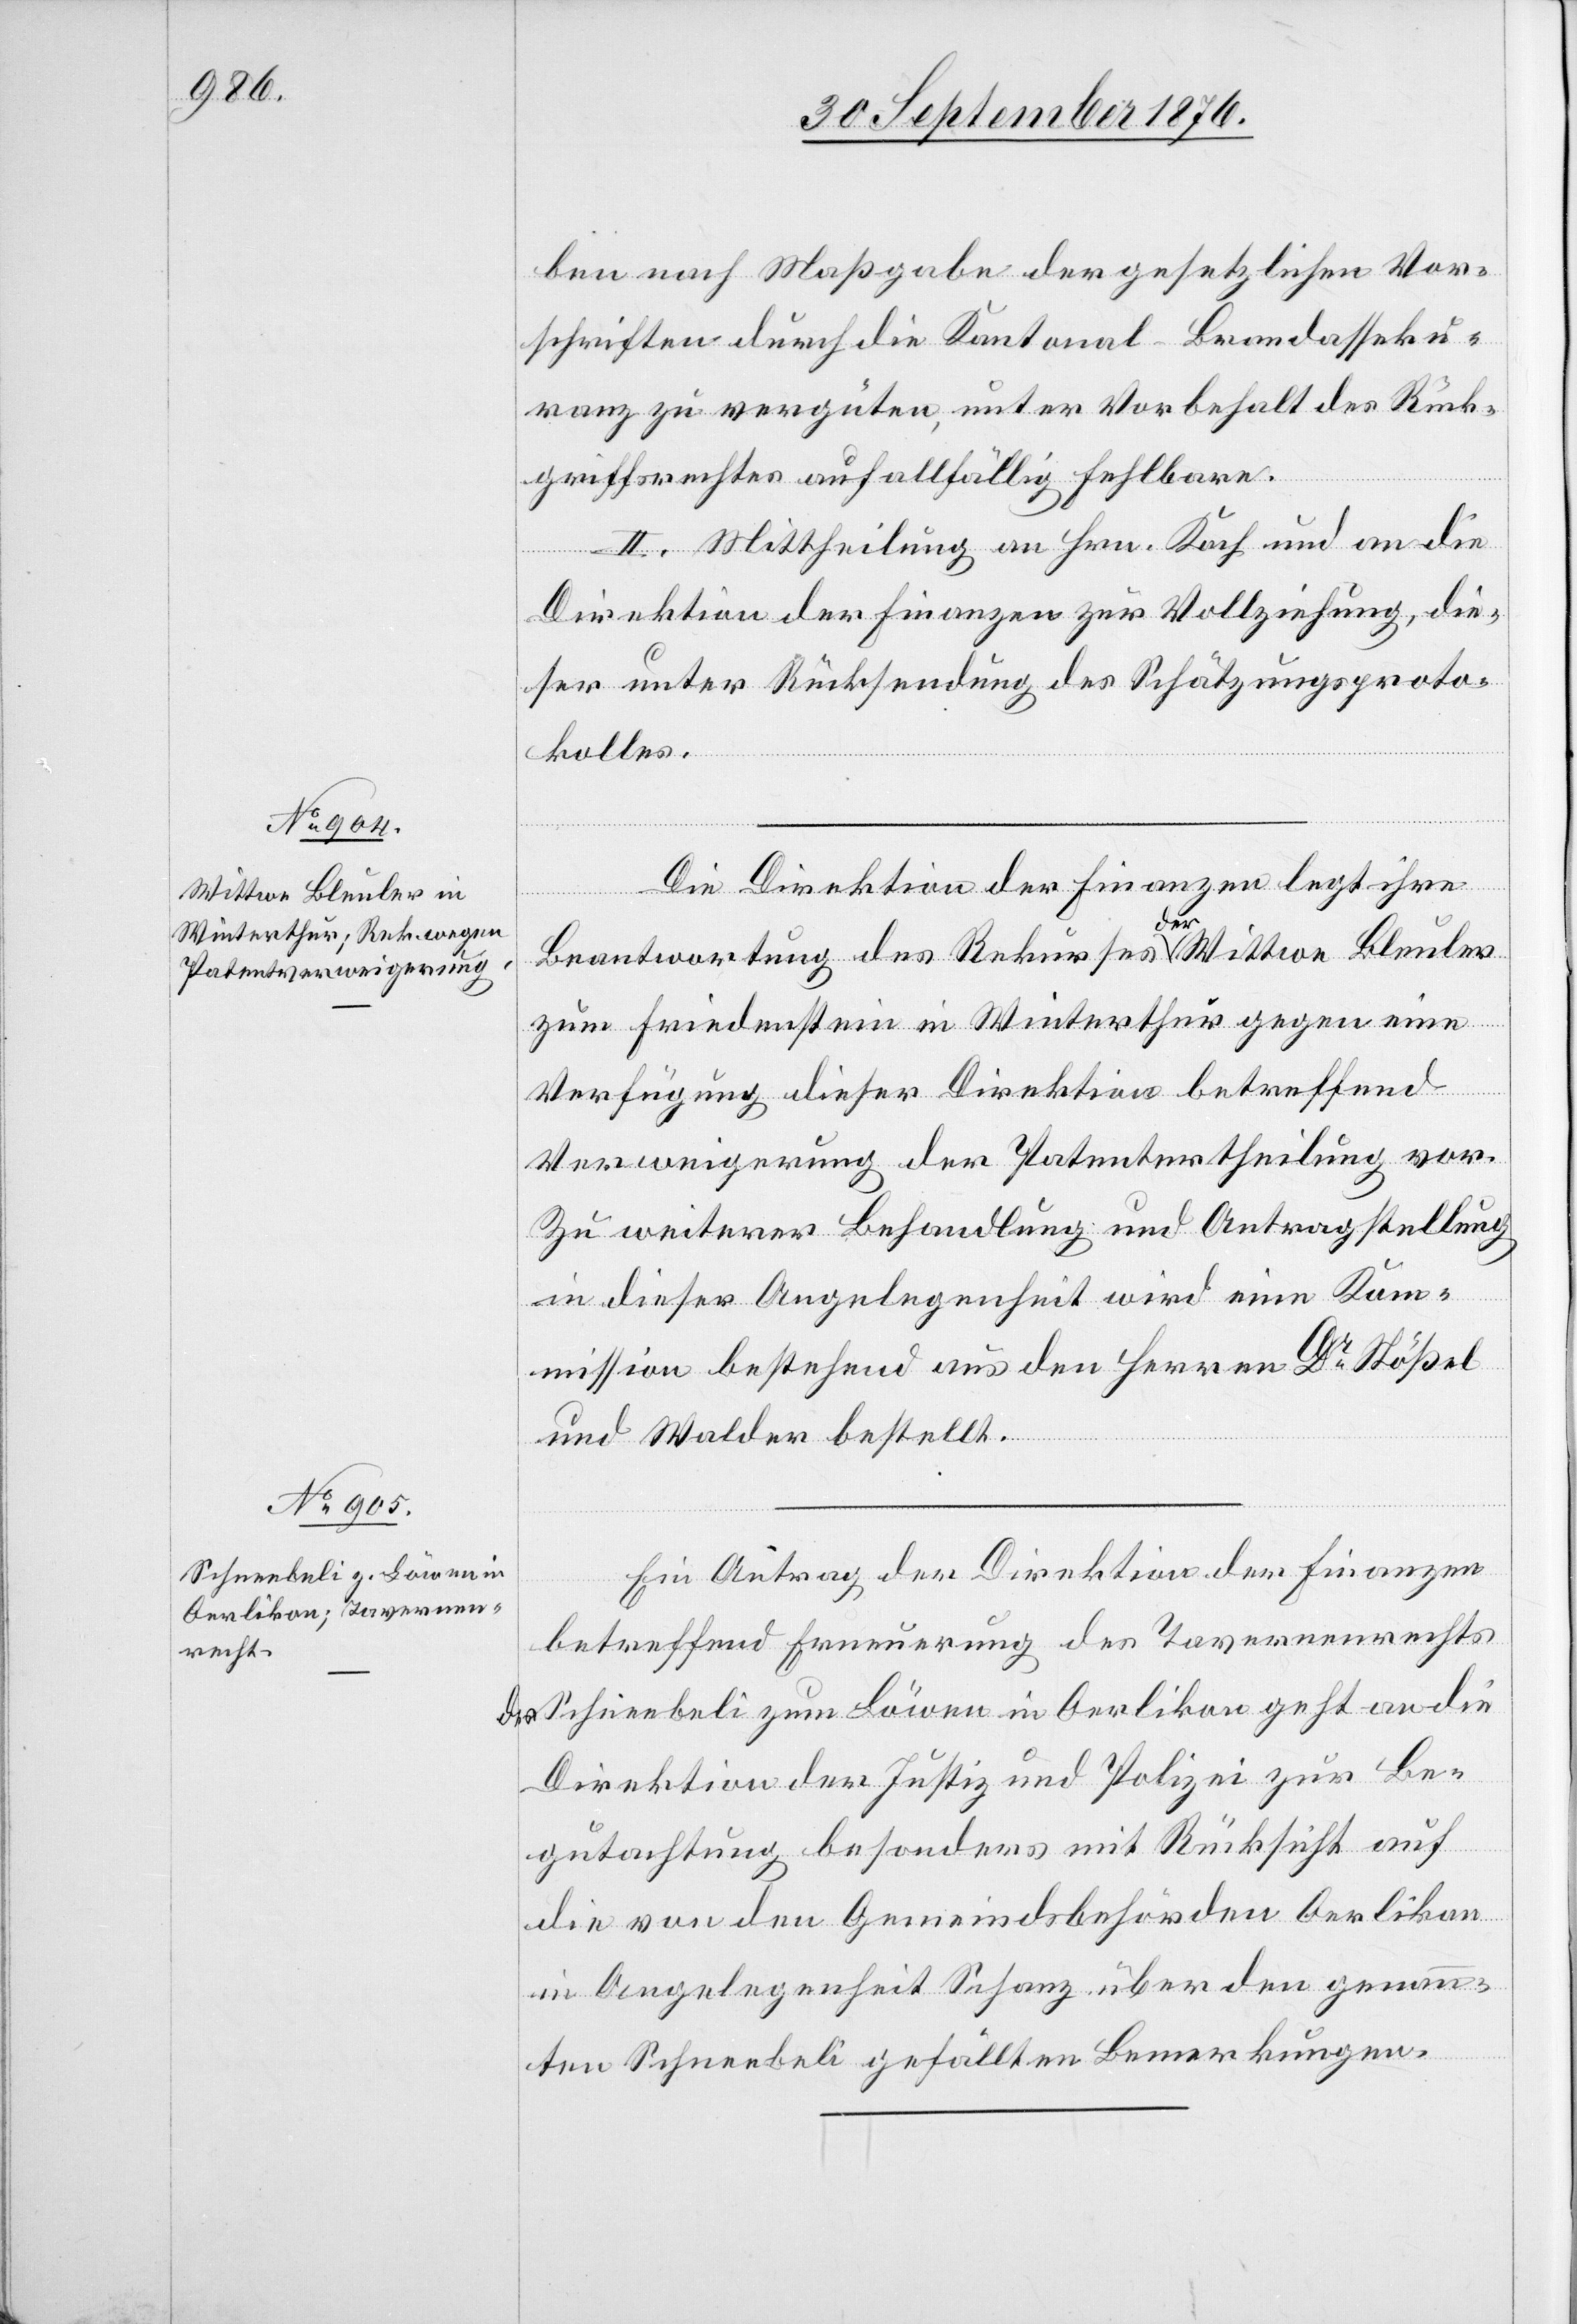
ben nach Maßgabe der gesetzlichen Vor¬
schriften durch die Kantonal-Brandasseku¬
ranz zu vergüten, unter Vorbehalt des Rück¬
griffsrechtes auf allfällig Fehlbare.
II. Mittheilung an Hrn. Koch und an die
Direktion der Finanzen zur Vollziehung, die¬
ser unter Rücksendung des Schätzungsproto¬
kolles.
Die Direktion der Finanzen legt ihre
Beantwortung des Rekurses a der a Wittwe Bleuler
zum Friedenstein in Winterthur gegen eine
Verfügung dieser Direktion betreffend
Verweigerung der Patentertheilung vor.
Zu weiterer Behandlung und Antragstellung
in dieser Angelegenheit wird eine Kom¬
mission bestehend aus den Herren Dr Stößel
und Walder bestellt.
Ein Antrag der Direktion der Finanzen
betreffend Erneuerung des Tavernenrechts
des Schneebeli zum Löwen in Oerlikon geht an die
Direktion der Justiz und Polizei zur Be¬
gutachtung besonders mit Rücksicht auf
die von den Gemeindsbehörden Oerlikon
in Angelegenheit Schanz über den genan¬
nten Schneebeli gefällten Bemerkungen.